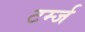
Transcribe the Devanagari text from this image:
टर्म्ज